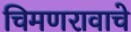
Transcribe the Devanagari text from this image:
चिमणरावाचे